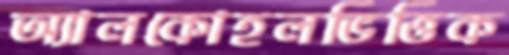
অ্যালকোহলভিত্তিক